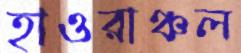
হাওরাঞ্চল